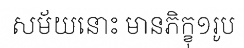
សម័យនោះ មានភិក្ខុ១រូប